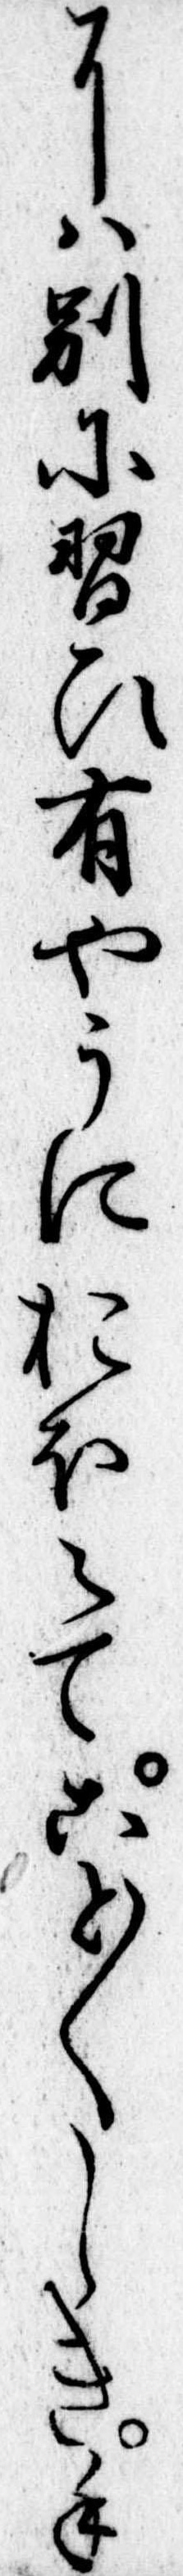
には別に習ひ有やうにおほえてこと〱しき手